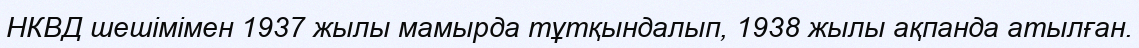
НКВД шешімімен 1937 жылы мамырда тұтқындалып, 1938 жылы ақпанда атылған.